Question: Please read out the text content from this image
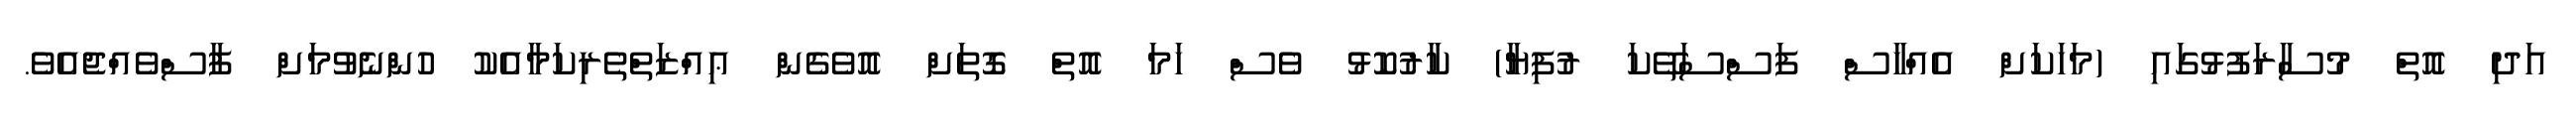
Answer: އަދި އޮތް މުސާރަފުޅުގައި (މަހަކަށް އެއްހާސް ފަސްސަތޭކަ ރުފިޔާ) ކާރުކޮޅު ވެސް ހަމަ އޮތް ގޮތަށް އޮވެގެން ޢިއްޒަތްތެރިކަމާއެކު ހުންނެވުމަށް ފާސްވެއްޖެއެވެ.